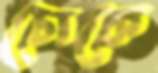
চোকে